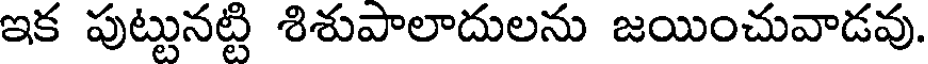
ఇక పుట్టునట్టి శిశుపాలాదులను జయించువాడవు.